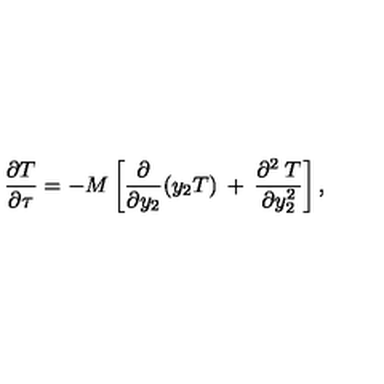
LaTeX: \frac { \partial { T } } { \partial \tau } = - M \left[ \frac { \partial } { \partial y _ { 2 } } ( y _ { 2 } { T } ) \: + \: \frac { \partial ^ { 2 } \: { T } } { \partial y _ { 2 } ^ { 2 } } \right] ,